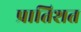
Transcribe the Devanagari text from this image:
प्रातिशत